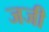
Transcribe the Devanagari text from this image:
जजी